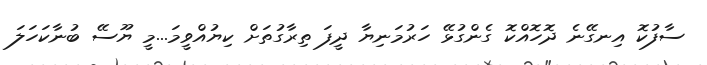
ސާފުކޮ އިނގޭނެ ދޮހޮއްކޮ ގެންގުޅޭ ހަރުމަނިޔާ ދީފަ ތިރާގުތަށް ކިޔުއްވީމަ...މީ ޔޫސޭ ބުނާކަހަލަ